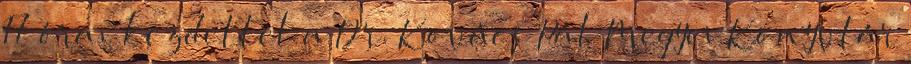
17 órai kezdettel a Dr. Kovács Pál Megyei Könyvtár